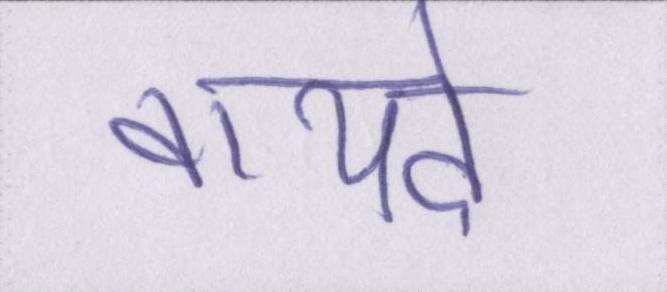
वायदे